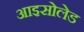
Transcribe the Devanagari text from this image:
आइसोलेड